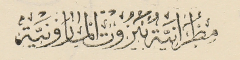
مِطرَانيَةُ بَيرُوت المارونيَّة